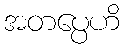
အတပ္ပေဟိ